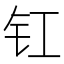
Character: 𮣲